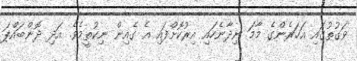
ވަގުތުގައި އަހަރެންގެ މާމަ ނިދާނެހައި އިރުކޮށްފައި އެ ގެއިން ނިކުތީމެވެ. އަދި ދޮންބައްޕަ